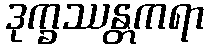
ဒုက္ခဿန္တကရာ